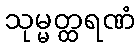
သုမ္မတ္ထရဏံ